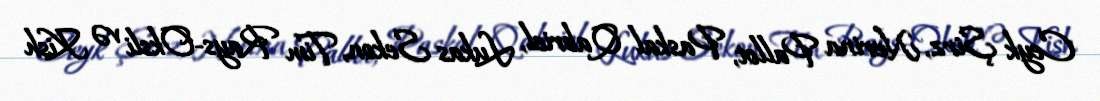
Ceyk Şirz, Nerina Pallot, Paskal Qabriel, Lukas Sekon, Tim Rays-Oksli və Kish